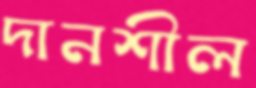
দানশীল